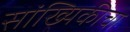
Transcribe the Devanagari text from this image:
सांख्यिकीचा